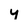
Character: y